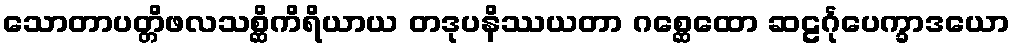
သောတာပတ္တိဖလသစ္ဆိကိရိယာယ တဒုပနိဿယတာ ဂစ္ဆေထော ဆဠင်္ဂုပေက္ခာဒယော